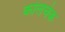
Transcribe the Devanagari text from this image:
कोलचेक